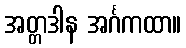
အတ္တဒါန အင်္ဂကထာ။